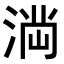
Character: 𭱎